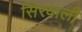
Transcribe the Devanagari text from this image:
सिरवाली